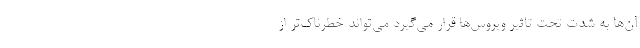
آن‌ها به شدت تحت تاثیر ویروس‌ها قرار می‌گیرد می‌تواند خطرناک‌تر از